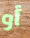
أو